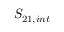
S _ { 2 1 , i n t }